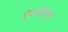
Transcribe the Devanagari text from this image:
ऐंग्लोरम